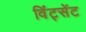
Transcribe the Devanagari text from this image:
विंट्सेंट